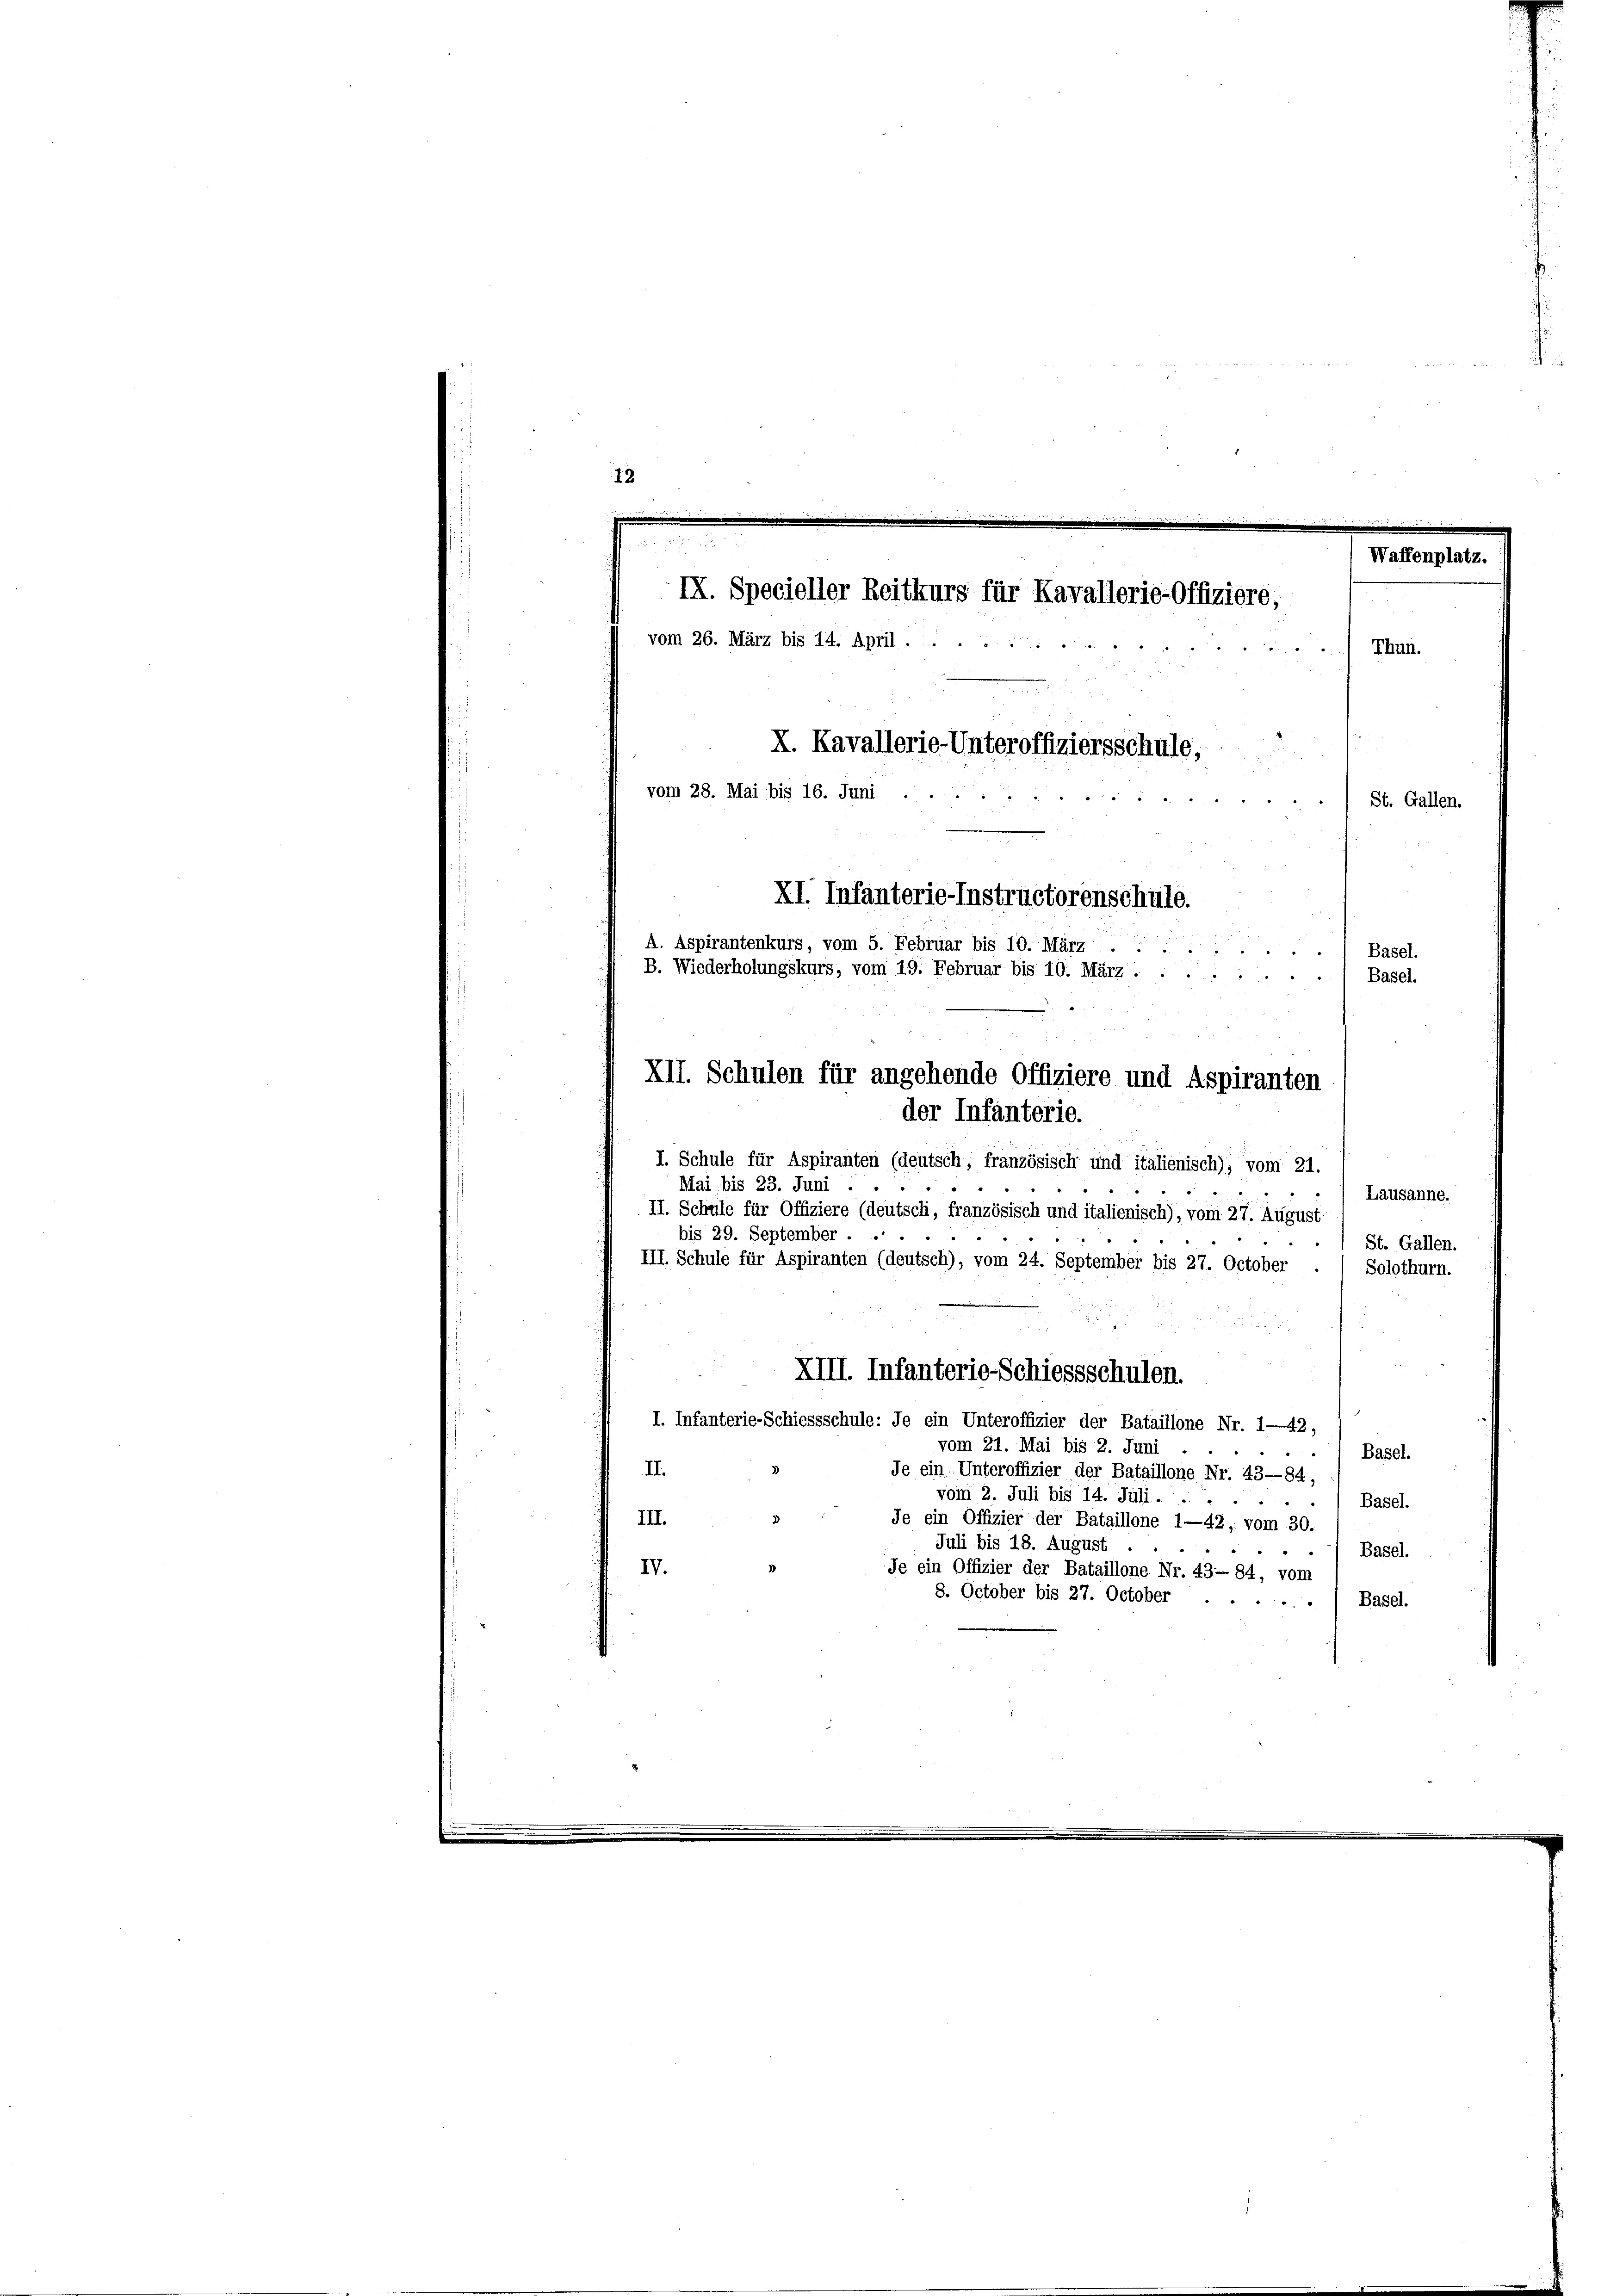
12

.
d
XII. Schulen für angehende Offiziere und Aspiranten

Waffenplatz.
IX. Specieller Reitkurs für Kavallerie-Offiziere,
vom 26. März bis 14. April.
Thun.
X. Kavallerie-Unteroffiziersschule,
vom 28. Mai bis 16. Juni
St. Gallen.
XI. Infanterie-Instructorenschule.
A. Aspirantenkurs, vom 5. Februar bis 10. März .....
Basel.
B. Wiederholungskurs, vom 19. Februar bis 10. März .....
Basel.

der Infanterie.
I. Schule für Aspiranten (deutsch, französisch und italienisch), vom 21.
Mai bis 23. Juni
Lausanne.
II. Schule für Offiziere (deutsch, französisch und italienisch), vom 27. August
bis 29. September.
St. Gallen.
III. Schule für Aspiranten (deutsch), vom 24. September bis 27. October
Solothurn.
I. Infanterie-Schiessschule: Je ein Unteroffizier der Bataillone Nr. 1—42,
vom 21. Mai bis 2. Juni
Basel.
II.
Je ein Unteroffizier der Bataillone Nr. 43—84,
vom 2. Juli bis 14. Juli ...
Basel.
III.
Je ein Offizier der Bataillone 1—42; vom 30.
Juli bis 18. August
Basel.
IV.
Je ein Offizier der Bataillone Nr. 4384, vom
8. October bis 27. October
Basel.
1

XIII. Infanterie-Schiessschulen.